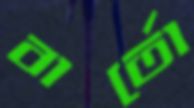
বার্তো